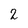
Character: 2